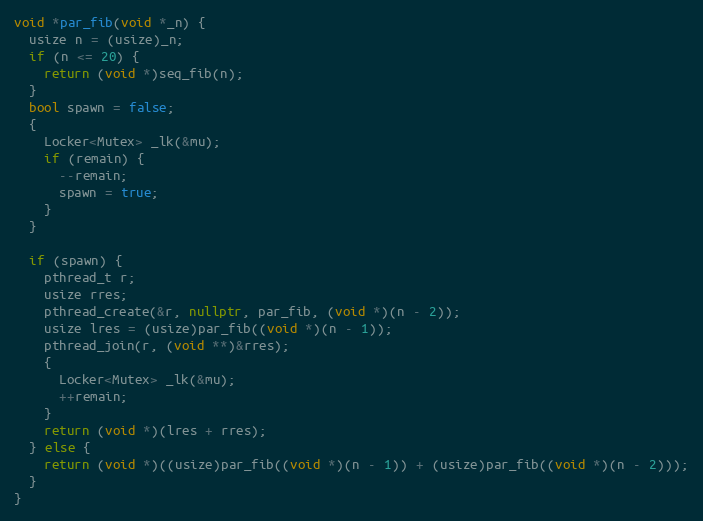
Language: C++
void *par_fib(void *_n) {
  usize n = (usize)_n;
  if (n <= 20) {
    return (void *)seq_fib(n);
  }
  bool spawn = false;
  {
    Locker<Mutex> _lk(&mu);
    if (remain) {
      --remain;
      spawn = true;
    }
  }

  if (spawn) {
    pthread_t r;
    usize rres;
    pthread_create(&r, nullptr, par_fib, (void *)(n - 2));
    usize lres = (usize)par_fib((void *)(n - 1));
    pthread_join(r, (void **)&rres);
    {
      Locker<Mutex> _lk(&mu);
      ++remain;
    }
    return (void *)(lres + rres);
  } else {
    return (void *)((usize)par_fib((void *)(n - 1)) + (usize)par_fib((void *)(n - 2)));
  }
}